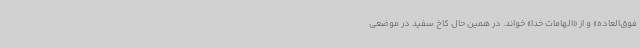
فوق‌العاده» و از «الهامات خدا» خواند. در همین حال کاخ سفید در موضعی